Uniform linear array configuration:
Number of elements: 12
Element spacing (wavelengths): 0.75
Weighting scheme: exponential
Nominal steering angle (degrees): -45
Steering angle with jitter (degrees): -44.739
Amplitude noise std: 0.05
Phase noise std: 0.05

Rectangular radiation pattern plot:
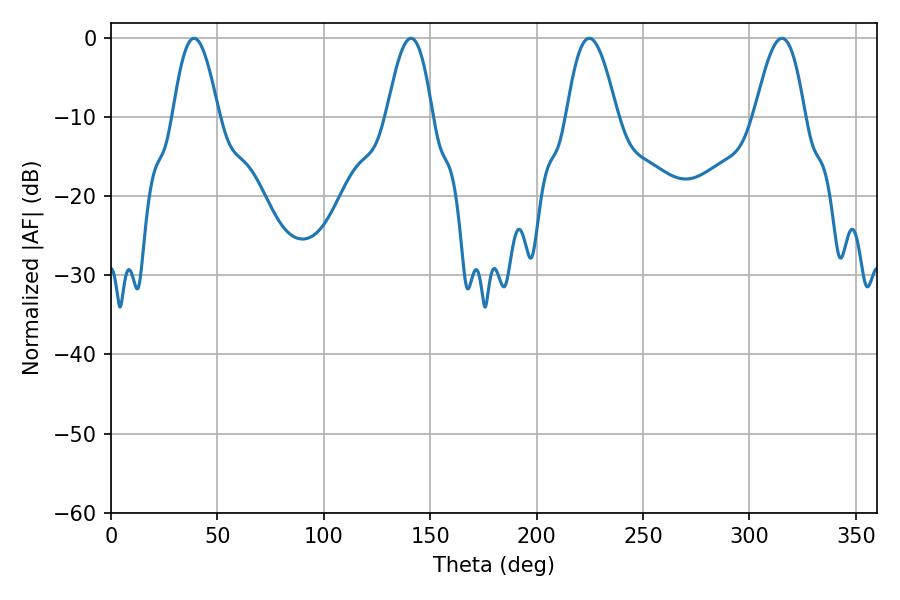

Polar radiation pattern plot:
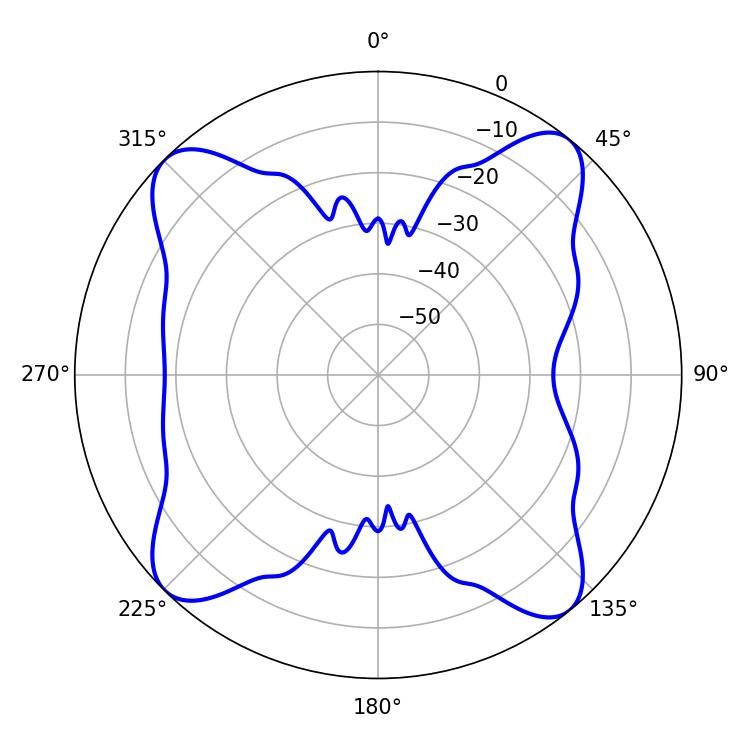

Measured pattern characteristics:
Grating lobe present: TRUE
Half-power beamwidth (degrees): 11.7
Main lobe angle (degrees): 39.06